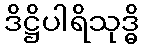
ဒိဋ္ဌိပါရိသုဒ္ဓိ